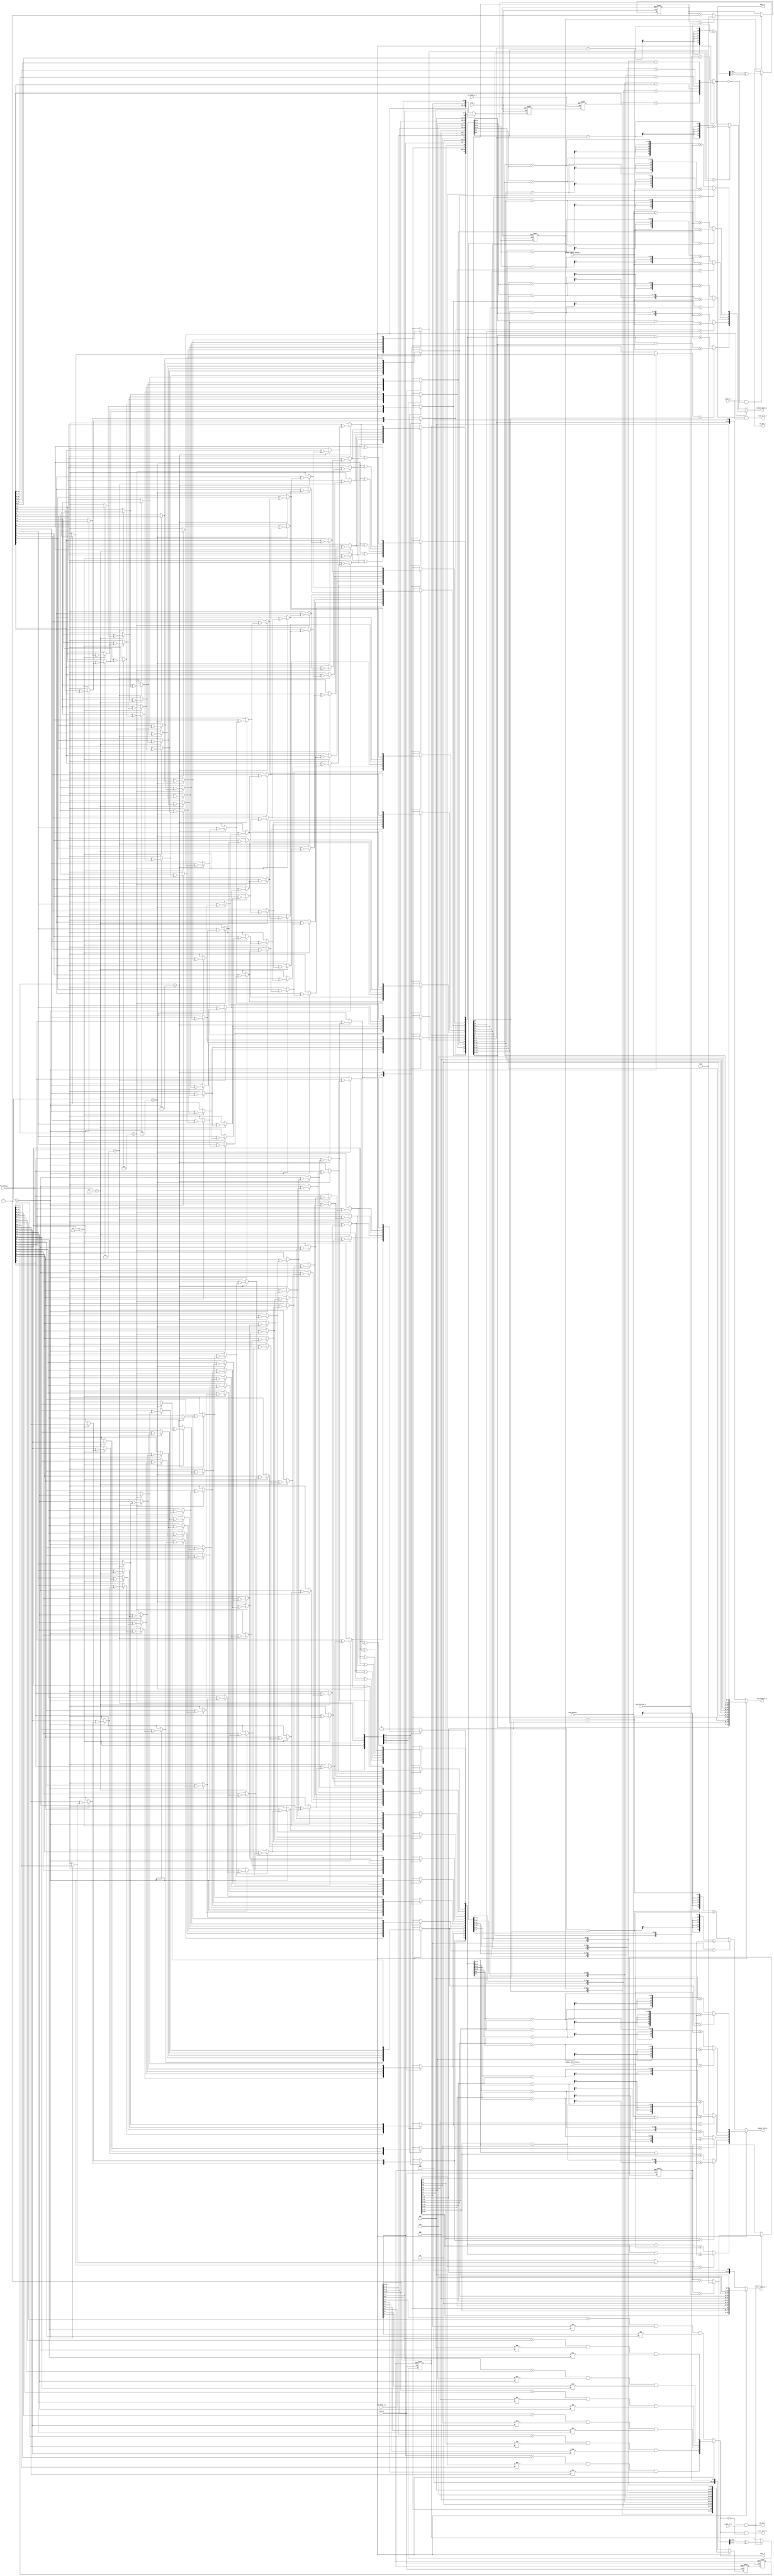
// Company           :   RacyICs GmbH
//
// Project Name      :   p_cc
// Subproject Name   :   s_fpga
// Description       :   
// 
// Last Change       :   11.12.2013
// by                :   Winter
//------------------------------------------------------------ 

`timescale 1ns/1ps

module fifo_async
  #(parameter CONFIG_1BIT  = 3'd1, //non-split-->32k x 1 bit; split-->16K x 1 bit
    parameter CONFIG_2BIT  = 3'd2, //non-split-->16k x 2 bit; split-->8K x 2 bit
    parameter CONFIG_5BIT  = 3'd3, //non-split-->8k  x 5 bit; split-->4K x 5 bit
    parameter CONFIG_10BIT = 3'd4, //non-split-->4k  x 10 bit; split-->2K x 10 bit
    parameter CONFIG_20BIT = 3'd5, //non-split-->2k  x 20 bit; split-->1K x 20 bit
    parameter CONFIG_40BIT = 3'd6, //non-split-->1K  x 40 bit; split (SPR)-->512 x 40 bit
    parameter CONFIG_80BIT = 3'd7, //non-split(SPR)-->512 x 80 bit; split-->NA
   
    parameter ADDR_WIDTH   = 15 
    )
   (input  wire wclk_i,
    input  wire rclk_i,
    input  wire wa_reset_n_i,
    input  wire ra_reset_n_i,
    
    input  wire [ADDR_WIDTH:0]   next_bin_max_i,
    input  wire [2:0]            fifo_config_i,
    input  wire [ADDR_WIDTH:0]   sram_depth_i, 
    
    input  wire [ADDR_WIDTH-1:0] almost_full_offset_i,
    input  wire [ADDR_WIDTH-1:0] almost_empty_offset_i,
    
    input  wire                  write_en_i,
    input  wire                  read_en_i,
    output  reg [ADDR_WIDTH-1:0] write_address_o,
    output  reg [ADDR_WIDTH-1:0] read_address_o,
    output wire                  we_out_o,
    output wire                  re_out_o,
    
    output  reg                  full_o,
    output  reg                  empty_o,
    output  reg                  almost_full_o,
    output  reg                  almost_empty_o,
    output wire                  write_error_o,
    output wire                  read_error_o);
   
   
   reg [ADDR_WIDTH - 1:0]    int_waddr;
   reg [ADDR_WIDTH:0]        waddr_sync_0;
   reg [ADDR_WIDTH:0]        waddr_sync_1;
   reg [ADDR_WIDTH:0]        wbin;

   reg [ADDR_WIDTH - 1:0]    int_raddr;
   reg [ADDR_WIDTH:0]        raddr_sync_0;
   reg [ADDR_WIDTH:0]        raddr_sync_1;
   reg [ADDR_WIDTH:0]        rbin;

   wire                      int_write_en_i;
   wire [ADDR_WIDTH:0]       next_wbin;
   wire [ADDR_WIDTH:0]       next_rbin;
   reg [ADDR_WIDTH:0]        wbin_sync;
   reg [ADDR_WIDTH:0]        rbin_sync;
   
   
   reg [ADDR_WIDTH:0]        raddr;
   reg [ADDR_WIDTH:0]        waddr;

   integer                   i;


   // write address synchronizer
   always @(posedge rclk_i or negedge ra_reset_n_i)
     begin
        if ( ra_reset_n_i == 1'b0 )
          begin
             waddr_sync_0 <= {ADDR_WIDTH+1{1'b0}};
             waddr_sync_1 <= {ADDR_WIDTH+1{1'b0}};
          end
        else
          begin
             waddr_sync_0 <= waddr;
             waddr_sync_1 <= waddr_sync_0;
          end
     end 

   // read address synchronizer
   always @(posedge wclk_i or negedge wa_reset_n_i)
     begin
        if ( wa_reset_n_i == 1'b0 )
          begin
             raddr_sync_0 <= {ADDR_WIDTH+1{1'b0}};
             raddr_sync_1 <= {ADDR_WIDTH+1{1'b0}};
          end
        else
          begin
             raddr_sync_0 <= raddr;
             raddr_sync_1 <= raddr_sync_0;
          end
     end 

   assign next_rbin= (rbin==next_bin_max_i)? 0 : rbin + {{ADDR_WIDTH{1'b0}}, 1'b1};

   // read address register
   always @(posedge rclk_i or negedge ra_reset_n_i)
     begin
        if ( ra_reset_n_i == 1'b0 )
          begin
             rbin <= {ADDR_WIDTH+1{1'b0}};
             int_raddr  <= {ADDR_WIDTH{1'b0}};
          end
        
        else if ( read_en_i == 1'b1 && empty_o == 1'b0 )
          begin
             rbin       <= next_rbin;
             int_raddr  <= next_rbin[ADDR_WIDTH:1] ^
                           next_rbin[ADDR_WIDTH - 1:0];
          end
     end 


   assign int_write_en_i   = ~full_o & write_en_i;
   assign next_wbin = (wbin==next_bin_max_i)? 0 : wbin + {{ADDR_WIDTH{1'b0}}, 1'b1};

   // write address register
   always @(posedge wclk_i or negedge wa_reset_n_i)
     begin
        if ( wa_reset_n_i == 1'b0 )
          begin
             wbin       <= {ADDR_WIDTH+1{1'b0}};
             int_waddr  <= {ADDR_WIDTH{1'b0}};
          end
        else if ( int_write_en_i == 1'b1 )
          begin
             wbin       <= next_wbin;
             int_waddr  <= next_wbin[ADDR_WIDTH:1] ^
                           next_wbin[ADDR_WIDTH - 1:0];
          end
     end 

   always @(*)
     begin
        case(fifo_config_i)          
          CONFIG_1BIT:  begin
             raddr = {rbin[15], int_raddr[14:0]};
             empty_o = ( raddr[15:0] == waddr_sync_1[15:0] );
             waddr = {wbin[15], int_waddr[14:0]};
             full_o  = ( waddr[15 - 2:0] == raddr_sync_1[15 - 2:0] ) && (waddr[15] != raddr_sync_1[15] ) && ( waddr[15 - 1] != raddr_sync_1[15 - 1] );
          end
          
          CONFIG_2BIT:  begin
             raddr = {1'd0, rbin[14], int_raddr[13:0]};
             empty_o = ( raddr[14:0] == waddr_sync_1[14:0] );
             waddr = {1'd0, wbin[14], int_waddr[13:0]};
             full_o  = ( waddr[14 - 2:0] == raddr_sync_1[14 - 2:0] ) && (waddr[14] != raddr_sync_1[14] ) && ( waddr[14 - 1] != raddr_sync_1[14 - 1] );
          end
          
          CONFIG_5BIT:  begin
             raddr = {2'd0, rbin[13], int_raddr[12:0]};
             empty_o = ( raddr[13:0] == waddr_sync_1[13:0] );
             waddr = {2'd0, wbin[13], int_waddr[12:0]};
             full_o  = ( waddr[13 - 2:0] == raddr_sync_1[13 - 2:0] ) && (waddr[13] != raddr_sync_1[13] ) && ( waddr[13 - 1] != raddr_sync_1[13 - 1] );
          end
          
          CONFIG_10BIT:  begin
             raddr = {3'd0, rbin[12], int_raddr[11:0]};
             empty_o = ( raddr[12:0] == waddr_sync_1[12:0] );
             waddr = {3'd0, wbin[12], int_waddr[11:0]};
             full_o  = ( waddr[12 - 2:0] == raddr_sync_1[12 - 2:0] ) && (waddr[12] != raddr_sync_1[12] ) && ( waddr[12 - 1] != raddr_sync_1[12 - 1] );
          end
          
          CONFIG_20BIT:  begin
             raddr = {4'd0, rbin[11], int_raddr[10:0]};
             empty_o = ( raddr[11:0] == waddr_sync_1[11:0] );
             waddr = {4'd0, wbin[11], int_waddr[10:0]};
             full_o  = ( waddr[11 - 2:0] == raddr_sync_1[11 - 2:0] ) && (waddr[11] != raddr_sync_1[11] ) && ( waddr[11 - 1] != raddr_sync_1[11 - 1] );
          end          
          
          CONFIG_40BIT: begin 
             raddr = {5'd0, rbin[10], int_raddr[9:0]};
             empty_o = ( raddr[10:0] == waddr_sync_1[10:0] );
             waddr = {5'd0, wbin[10], int_waddr[9:0]};
             full_o  = ( waddr[10 - 2:0] == raddr_sync_1[10 - 2:0] ) && (waddr[10] != raddr_sync_1[10] ) && ( waddr[10 - 1] != raddr_sync_1[10 - 1] );
          end         
          
          default:  begin // CONFIG_40BIT, more is not allowed for FIFO 
             raddr = {5'd0, rbin[9], int_raddr[8:0]};
             empty_o = ( raddr[9:0] == waddr_sync_1[9:0] );
             waddr = {5'd0, wbin[9], int_waddr[8:0]};
             full_o  = ( waddr[9 - 2:0] == raddr_sync_1[9 - 2:0] ) && (waddr[9] != raddr_sync_1[9] ) && ( waddr[9 - 1] != raddr_sync_1[9 - 1] );
          end
        endcase
     end        

   
   always@(*)
     begin
        wbin_sync=0;
        rbin_sync=0;
        case(fifo_config_i)       
          
          CONFIG_1BIT:   begin
             for (i=15;i>=0;i=i-1)
               begin
                  if (i==15)
                    begin
                       wbin_sync[i] = waddr_sync_1[i];
                       rbin_sync[i] = raddr_sync_1[i];
                    end
                  else
                    begin
                       wbin_sync[i] = waddr_sync_1[i] ^ wbin_sync[i+1];
                       rbin_sync[i] = raddr_sync_1[i] ^ rbin_sync[i+1];
                    end
               end
          end      
          
          CONFIG_2BIT:   begin
             for (i=14;i>=0;i=i-1)
               begin
                  if (i==14)
                    begin
                       wbin_sync[i] = waddr_sync_1[i];
                       rbin_sync[i] = raddr_sync_1[i];
                    end
                  else
                    begin
                       wbin_sync[i] = waddr_sync_1[i] ^ wbin_sync[i+1];
                       rbin_sync[i] = raddr_sync_1[i] ^ rbin_sync[i+1];
                    end
               end
          end      
          
          CONFIG_5BIT:   begin
             for (i=13;i>=0;i=i-1)
               begin
                  if (i==13)
                    begin
                       wbin_sync[i] = waddr_sync_1[i];
                       rbin_sync[i] = raddr_sync_1[i];
                    end
                  else
                    begin
                       wbin_sync[i] = waddr_sync_1[i] ^ wbin_sync[i+1];
                       rbin_sync[i] = raddr_sync_1[i] ^ rbin_sync[i+1];
                    end
               end
          end
          
          CONFIG_10BIT:   begin
             for (i=12;i>=0;i=i-1)
               begin
                  if (i==12)
                    begin
                       wbin_sync[i] = waddr_sync_1[i];
                       rbin_sync[i] = raddr_sync_1[i];
                    end
                  else
                    begin
                       wbin_sync[i] = waddr_sync_1[i] ^ wbin_sync[i+1];
                       rbin_sync[i] = raddr_sync_1[i] ^ rbin_sync[i+1];
                    end
               end
          end

          CONFIG_20BIT:   begin
             for (i=11;i>=0;i=i-1)
               begin
                  if (i==11)
                    begin
                       wbin_sync[i] = waddr_sync_1[i];
                       rbin_sync[i] = raddr_sync_1[i];
                    end
                  else
                    begin
                       wbin_sync[i] = waddr_sync_1[i] ^ wbin_sync[i+1];
                       rbin_sync[i] = raddr_sync_1[i] ^ rbin_sync[i+1];
                    end
               end
          end

          CONFIG_40BIT:   begin
             for (i=10;i>=0;i=i-1)
               begin
                  if (i==10)
                    begin
                       wbin_sync[i] = waddr_sync_1[i];
                       rbin_sync[i] = raddr_sync_1[i];
                    end
                  else
                    begin
                       wbin_sync[i] = waddr_sync_1[i] ^ wbin_sync[i+1];
                       rbin_sync[i] = raddr_sync_1[i] ^ rbin_sync[i+1];
                    end
               end
          end

          CONFIG_80BIT:   begin
             for (i=9;i>=0;i=i-1)
               begin
                  if (i==9)
                    begin
                       wbin_sync[i] = waddr_sync_1[i];
                       rbin_sync[i] = raddr_sync_1[i];
                    end
                  else
                    begin
                       wbin_sync[i] = waddr_sync_1[i] ^ wbin_sync[i+1];
                       rbin_sync[i] = raddr_sync_1[i] ^ rbin_sync[i+1];
                    end
               end
          end
        endcase // case (fifo_config_i)
     end

   //////////////////almost flags

   always @(fifo_config_i or wbin or rbin_sync or wbin_sync or rbin or wbin or sram_depth_i or almost_full_offset_i)
     begin
        case(fifo_config_i)

          CONFIG_1BIT: begin
             if(wbin[15] == rbin_sync[15])
               begin
                  almost_full_o=((wbin[15-1:0] - rbin_sync[15-1:0]) >= (sram_depth_i - almost_full_offset_i));
               end
             else
               begin
                  almost_full_o=((rbin_sync[15-1:0] - wbin[15-1:0])<= (almost_full_offset_i)); 
               end    
          end

          CONFIG_2BIT: begin
             if(wbin[14] == rbin_sync[14])
               begin
                  almost_full_o=((wbin[14-1:0] - rbin_sync[14-1:0]) >= (sram_depth_i - almost_full_offset_i));
               end
             else
               begin
                  almost_full_o=((rbin_sync[14-1:0] - wbin[14-1:0])<= (almost_full_offset_i)); 
               end    
          end

          CONFIG_5BIT: begin
             if(wbin[13] == rbin_sync[13])
               begin
                  almost_full_o=((wbin[13-1:0] - rbin_sync[13-1:0]) >= (sram_depth_i - almost_full_offset_i));
               end
             else
               begin
                  almost_full_o=((rbin_sync[13-1:0] - wbin[13-1:0])<= (almost_full_offset_i)); 
               end    
          end

          CONFIG_10BIT: begin
             if(wbin[12] == rbin_sync[12])
               begin
                  almost_full_o=((wbin[12-1:0] - rbin_sync[12-1:0]) >= (sram_depth_i - almost_full_offset_i));
               end
             else
               begin
                  almost_full_o=((rbin_sync[12-1:0] - wbin[12-1:0])<= (almost_full_offset_i)); 
               end    
          end

          CONFIG_20BIT: begin
             if(wbin[11] == rbin_sync[11])
               begin
                  almost_full_o=((wbin[11-1:0] - rbin_sync[11-1:0]) >= (sram_depth_i - almost_full_offset_i));
               end
             else
               begin
                  almost_full_o=((rbin_sync[11-1:0] - wbin[11-1:0])<= (almost_full_offset_i)); 
               end      
          end

          CONFIG_40BIT: begin
             if(wbin[10] == rbin_sync[10])
               begin
                  almost_full_o=((wbin[10-1:0] - rbin_sync[10-1:0]) >= (sram_depth_i - almost_full_offset_i));
               end
             else
               begin
                  almost_full_o=((rbin_sync[10-1:0] - wbin[10-1:0])<= (almost_full_offset_i)); 
               end  
          end

          default: begin // CONFIG_80BIT
             if(wbin[9] == rbin_sync[9])
               begin
                  almost_full_o=((wbin[9-1:0] - rbin_sync[9-1:0]) >= (sram_depth_i - almost_full_offset_i));
               end
             else
               begin
                  almost_full_o=((rbin_sync[9-1:0] - wbin[9-1:0])<= (almost_full_offset_i)); 
               end  
          end
        endcase
     end

   always @(fifo_config_i or wbin_sync or rbin or sram_depth_i or almost_empty_offset_i)
     begin
        case(fifo_config_i)

          CONFIG_1BIT: begin
             if(wbin_sync[15] == rbin[15])
               begin
                  almost_empty_o=((wbin_sync[15-1:0] - rbin[15-1:0]) <= almost_empty_offset_i);
               end
             else
               begin
                  almost_empty_o=((rbin[15-1:0] - wbin_sync[15-1:0]) >= (sram_depth_i-almost_empty_offset_i));
               end  
          end

          CONFIG_2BIT: begin
             if(wbin_sync[14] == rbin[14])
               begin
                  almost_empty_o=((wbin_sync[14-1:0] - rbin[14-1:0]) <= almost_empty_offset_i);
               end
             else
               begin
                  almost_empty_o=((rbin[14-1:0] - wbin_sync[14-1:0]) >= (sram_depth_i-almost_empty_offset_i));
               end  
          end

          CONFIG_5BIT: begin
             if(wbin_sync[13] == rbin[13])
               begin
                  almost_empty_o=((wbin_sync[13-1:0] - rbin[13-1:0]) <= almost_empty_offset_i);
               end
             else
               begin
                  almost_empty_o=((rbin[13-1:0] - wbin_sync[13-1:0]) >= (sram_depth_i-almost_empty_offset_i));
               end  
          end

          CONFIG_10BIT: begin
             if(wbin_sync[12] == rbin[12])
               begin
                  almost_empty_o=((wbin_sync[12-1:0] - rbin[12-1:0]) <= almost_empty_offset_i);
               end
             else
               begin
                  almost_empty_o=((rbin[12-1:0] - wbin_sync[12-1:0]) >= (sram_depth_i-almost_empty_offset_i));
               end  
          end

          CONFIG_20BIT: begin
             if(wbin_sync[11] == rbin[11])
               begin
                  almost_empty_o=((wbin_sync[11-1:0] - rbin[11-1:0]) <= almost_empty_offset_i);
               end
             else
               begin
                  almost_empty_o=((rbin[11-1:0] - wbin_sync[11-1:0]) >= (sram_depth_i-almost_empty_offset_i));
               end  
          end

          CONFIG_40BIT: begin
             if(wbin_sync[10] == rbin[10])
               begin
                  almost_empty_o=((wbin_sync[10-1:0] - rbin[10-1:0]) <= almost_empty_offset_i);
               end
             else
               begin
                  almost_empty_o=((rbin[10-1:0] - wbin_sync[10-1:0]) >= (sram_depth_i-almost_empty_offset_i));
               end  
          end

          default: begin // CONFIG_80BIT
             if(wbin_sync[9] == rbin[9])
               begin
                  almost_empty_o=((wbin_sync[9-1:0] - rbin[9-1:0]) <= almost_empty_offset_i);
               end
             else
               begin
                  almost_empty_o=((rbin[9-1:0] - wbin_sync[9-1:0]) >= (sram_depth_i-almost_empty_offset_i));
               end  
          end
        endcase
     end

   assign write_error_o= (full_o && write_en_i);
   assign read_error_o= (empty_o && read_en_i);    
   assign we_out_o= int_write_en_i;  
   assign re_out_o   =(~empty_o && read_en_i);
   
   //address output
   always @(*)
     begin
        case(fifo_config_i)

          CONFIG_1BIT: begin // 32k  x 1 bit
             write_address_o={wbin[14:0]};
             read_address_o={rbin[14:0]};
          end

          CONFIG_2BIT: begin // 16k  x 2 bit
             write_address_o={wbin[13:0], 1'b0};
             read_address_o={rbin[13:0], 1'b0};
          end

          CONFIG_5BIT: begin // 8k  x 5 bit
             write_address_o={wbin[12:0], 2'b00};
             read_address_o={rbin[12:0], 2'b00};
          end

          CONFIG_10BIT: begin // 4k  x 10 bit
             write_address_o={wbin[11:0], 3'b000};
             read_address_o={rbin[11:0], 3'b000};
          end

          CONFIG_20BIT: begin // 2k  x 20 bit
             write_address_o={wbin[10:0], 4'b0000};
             read_address_o={rbin[10:0], 4'b0000};
          end

          CONFIG_40BIT: begin // 1K  x 40 bit 
             write_address_o={wbin[9:0], 5'b00000};
             read_address_o={rbin[9:0], 5'b00000};
          end

          default: begin // CONFIG_80BIT, 512  x 80 bit 
             write_address_o={wbin[8:0], 6'd0};
             read_address_o={rbin[8:0], 6'd0};
          end
        endcase
     end

   

endmodule // async_fifo